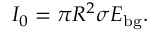
I _ { 0 } = \pi R ^ { 2 } \sigma E _ { \mathrm { b g } } .